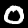
Label: 0